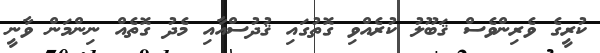
ކުރީގެ ވެރިންވެސް ޤަބޫލު ކުރެއްވި ގޮތުގައި ޤުދުސްއާއި މެދު ގޮތެއް ނިންމަން ވާނީ